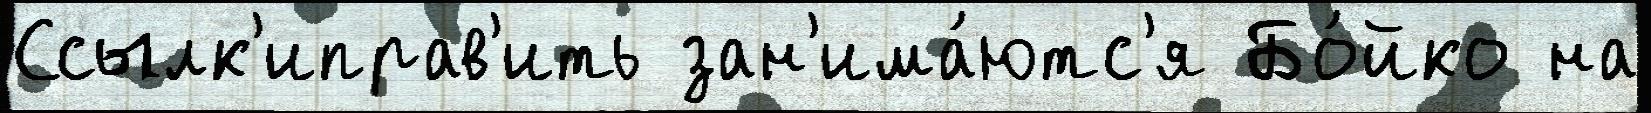
Ссылк'иправ'ить зан'има́ютс'я Бо́йко на